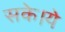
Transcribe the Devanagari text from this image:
सके।ये